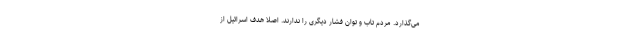
می‌گذارد. مردم تاب و توان فشار دیگری را ندارند. اصلا هدف اسرائیل از